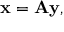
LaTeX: \mathbf { x } = \mathbf { A } \mathbf { y } ,